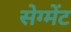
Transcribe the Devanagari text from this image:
सेग्मेंट